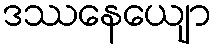
ဒဿနေယျော